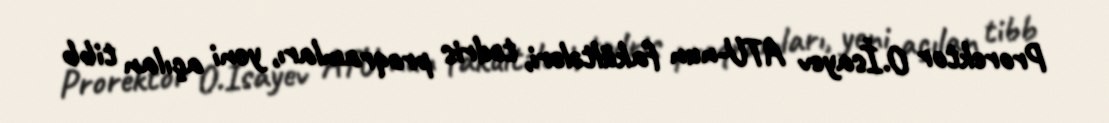
Prorektor O.İsayev ATU-nun fakültələri, tədris proqramları, yeni açılan tibb